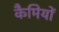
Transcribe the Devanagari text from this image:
कैमियों